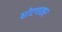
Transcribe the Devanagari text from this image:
घोटणकर